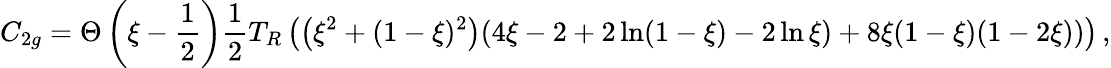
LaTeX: C_{2g}=\Theta\left(\xi-\frac{1}{2}\right)\frac{1}{2}T_{R}\left(\left(\xi^{2}+(1-\xi)^{2}\right)(4\xi-2+2\ln(1-\xi)-2\ln\xi)+8\xi(1-\xi)(1-2\xi))\right)\, ,